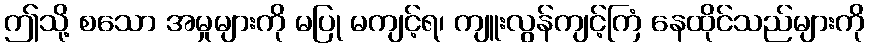
ဤသို့ စသော အမှုများကို မပြု မကျင့်ရ၊ ကျူးလွန်ကျင့်ကြံ နေထိုင်သည်များကို